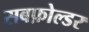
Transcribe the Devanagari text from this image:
सबफ़ोल्डर